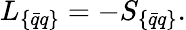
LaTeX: L_{\{ \bar{q}q\} }=-S_{\{ \bar{q}q\} }.